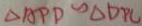
\Delta A P D \sim \Delta D P C